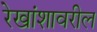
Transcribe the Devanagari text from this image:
रेखांशावरील